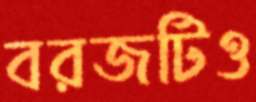
বরজটিও